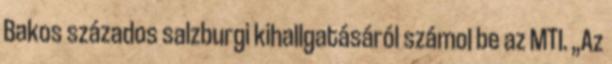
Bakos százados salzburgi kihallgatásáról számol be az MTI. „Az